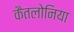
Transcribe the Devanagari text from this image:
कैतलोनिया